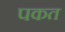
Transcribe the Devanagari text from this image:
पकत